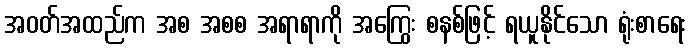
အဝတ်အထည်က အစ အစစ အရာရာကို အကြွေး စနစ်ဖြင့် ရယူနိုင်သော ရုံးစာရေး